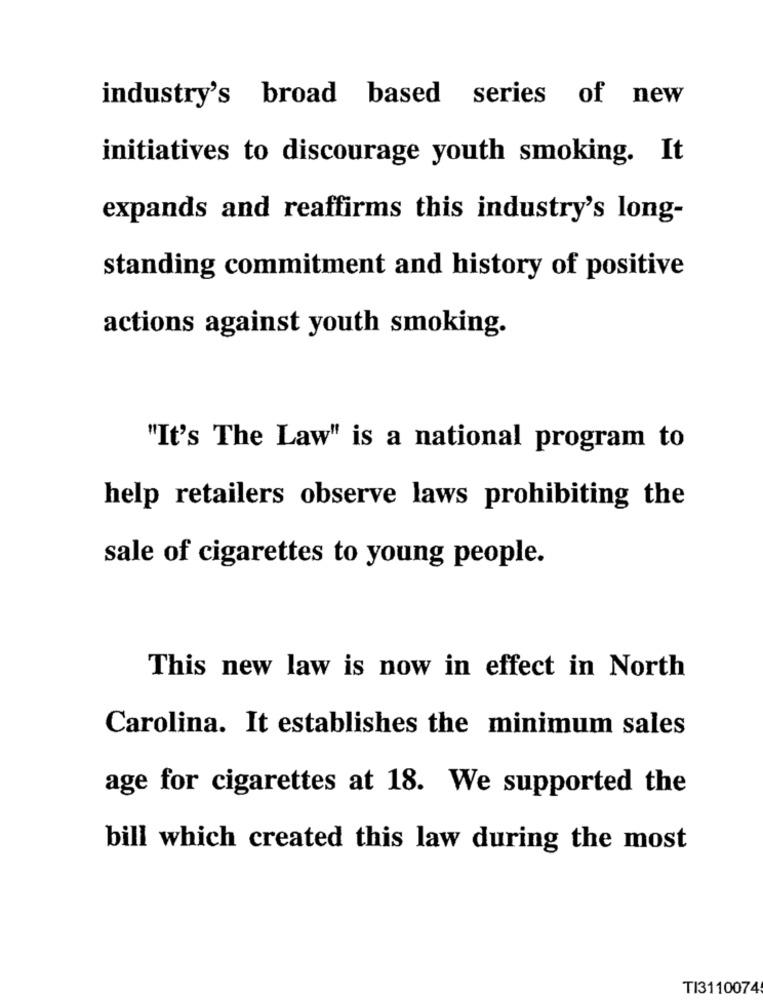
industry's broad based series of new
initiatives to discourage youth smoking. It
expands and reaffirms this industry's long-
standing commitment and history of positive
actions against youth smoking.
"It's The Law" is a national program to
help retailers observe laws prohibiting the
sale of cigarettes to young people.
This new law is now in effect in North
Carolina. It establishes the minimum sales
age for cigarettes at 18. We supported the
bill which created this law during the most
TI3110074